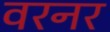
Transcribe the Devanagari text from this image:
वरनर